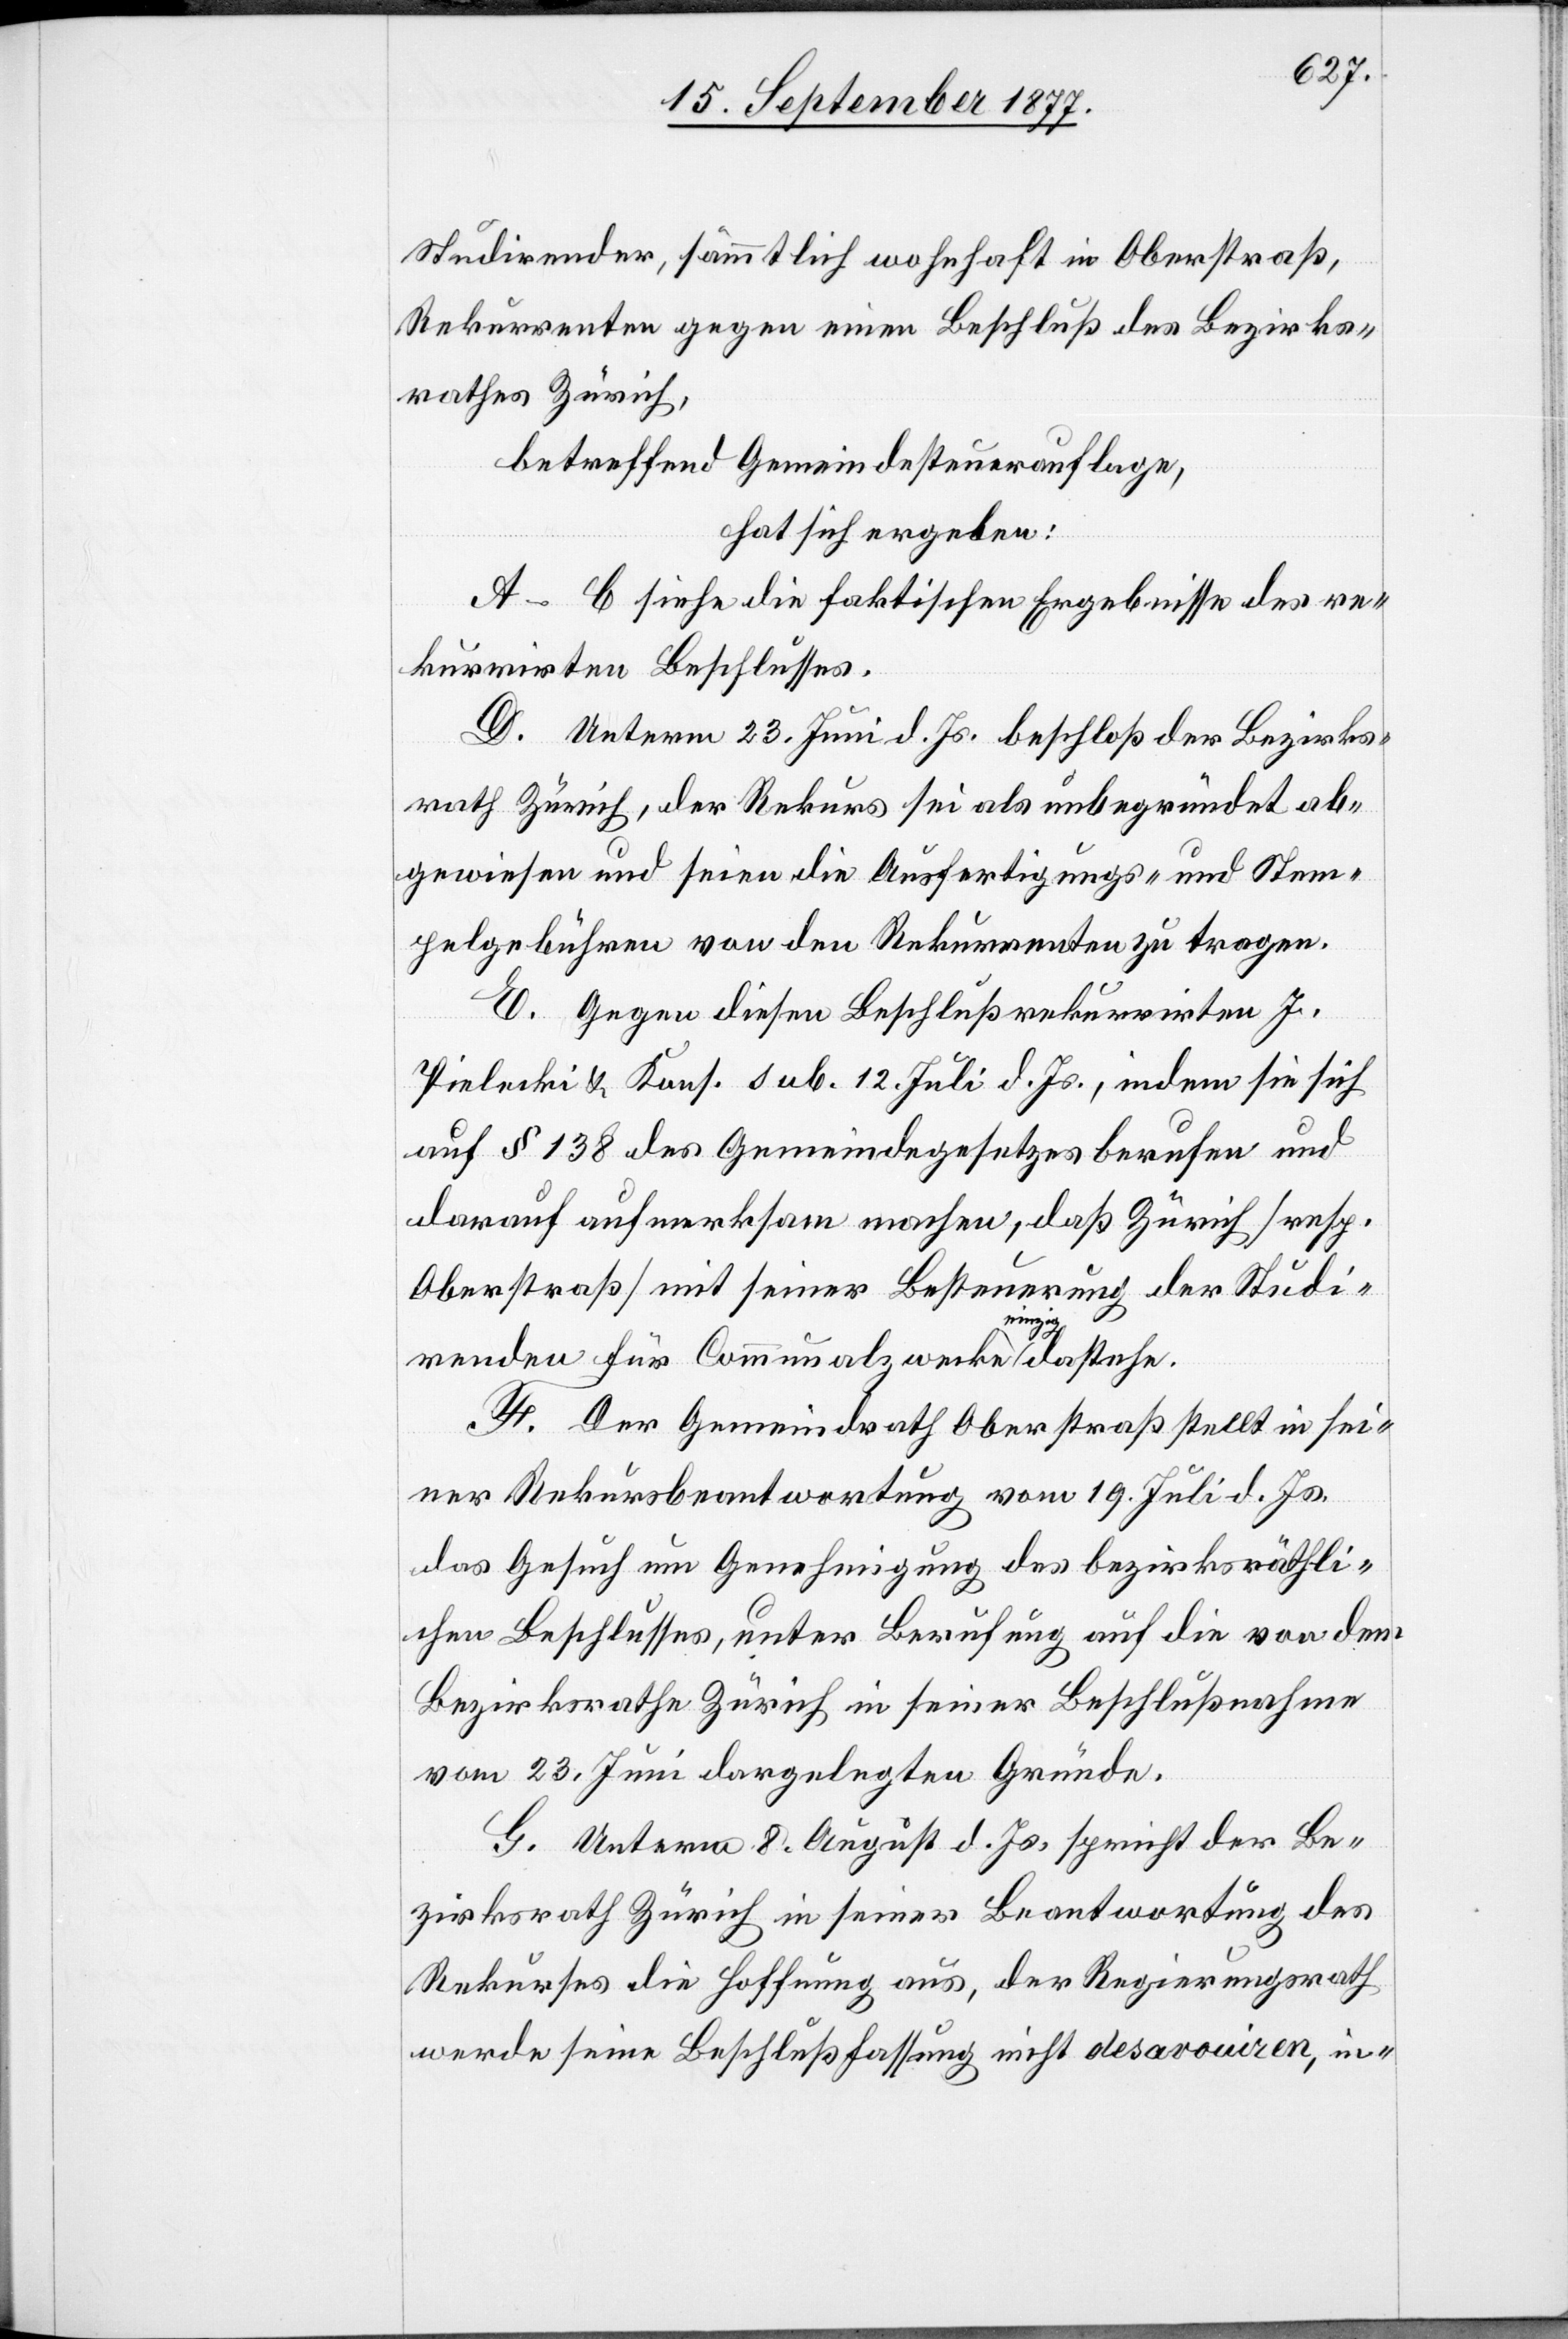
Studirender, sämmtlich wohnhaft in Oberstraß,
Rekurrenten gegen einen Beschluß des Bezirks¬
rathes Zürich,
betreffend Gemeindesteuerauflage,
hat sich ergeben:
A–C siehe die faktischen Ergebnisse des re¬
kurrirten Beschlusses.
D. Unterm 23. Juni d. Js. beschloß der Bezirks¬
rath Zürich, der Rekurs sei als unbegründet ab¬
gewiesen und seien die Ausfertigungs- und Stem¬
pelgebühren von den Rekurrenten zu tragen.
E. Gegen diesen Beschluß rekurrirten J.
Pielecki & Kons. sub. 12. Juli d. Js., indem sie sich
auf § 138 des Gemeindegesetzes berufen und
darauf aufmerksam machen, daß Zürich [resp.
Oberstraß] mit seiner Besteuerung der Studi¬
renden für Communalzwecke einzig dastehe.
F. Der Gemeindrath Oberstraß stellt in sei¬
ner Rekursbeantwortung vom 19. Juli d. Js.
das Gesuch um Genehmigung des bezirksräthli¬
chen Beschlusses, unter Berufung auf die von dem
Bezirksrathe Zürich in seiner Beschlußnahme
vom 23. Juni dargelegten Gründe.
G. Unterm 8. August d. Js. spricht der Be¬
zirksrath Zürich in seiner Beantwortung des
Rekurses die Hoffnung aus, der Regierungsrath
werde seine Beschlußfassung nicht desavouiren, in-